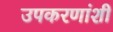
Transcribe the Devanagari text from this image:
उपकरणांशी